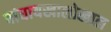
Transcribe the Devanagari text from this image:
षांघायखालोखाल